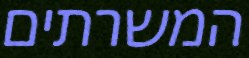
המשרתים